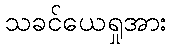
သခင်ယေရှုအား